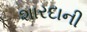
શારદાની